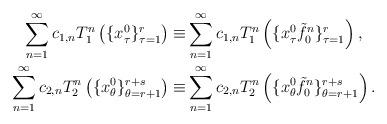
LaTeX: \begin{align*}\sum_{n=1}^\infty c_{1,n}T_1^n\left(\{x_\tau^0\}_{\tau=1}^{r} \right)\equiv&\sum_{n=1}^\infty c_{1,n}T_1^n\left(\{x_\tau^0 \tilde{f}_0^n\}_{\tau=1}^{r} \right) , \\\sum_{n=1}^\infty c_{2,n}T_2^n\left(\{x_\theta^0\}_{\theta=r+1}^{r+s} \right) \equiv&\sum_{n=1}^\infty c_{2,n}T_2^n\left(\{x_\theta^0\tilde{f}_0^n\}_{\theta=r+1}^{r+s} \right).\end{align*}